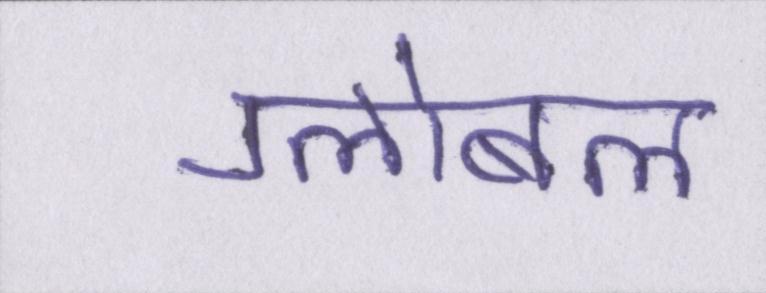
ग्लोबल